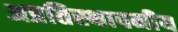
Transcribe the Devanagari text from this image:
अप्रतिस्थापनीय